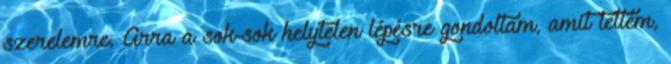
szerelemre. Arra a sok-sok helytelen lépésre gondoltam, amit tettem,